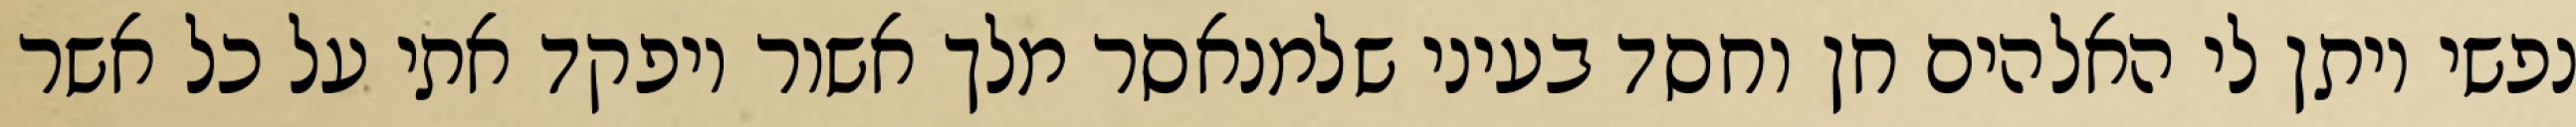
נפשי ויתן לי האלהים חן וחסד בעיני שלמנאסר מלך אשור ויפקד אתי על כל אשר